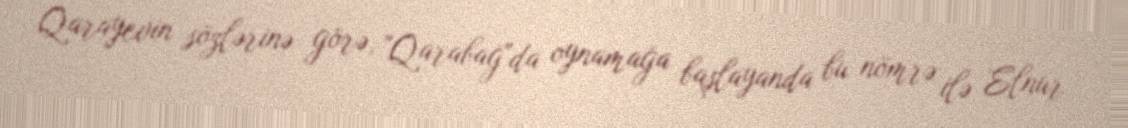
Qarayevin sözlərinə görə, "Qarabağ"da oynamağa başlayanda bu nömrə ilə Elnur